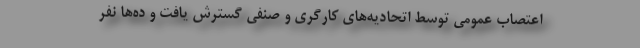
اعتصاب عمومی توسط اتحادیه‌های کارگری و صنفی گسترش یافت و ده‌ها نفر